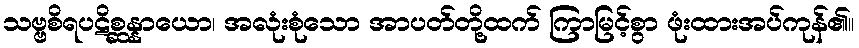
သဗ္ဗစိရပဋိစ္ဆန္နာယော၊ အလုံးစုံသော အာပတ်တို့ထက် ကြာမြင့်စွာ ဖုံးထားအပ်ကုန်၏။